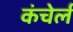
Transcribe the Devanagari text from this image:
कंचेर्ल